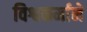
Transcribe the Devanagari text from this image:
विश्वकर्माने